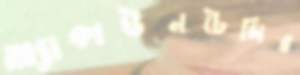
অ্যাকাউনটেন্সির